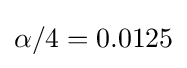
\alpha /4=0.0125